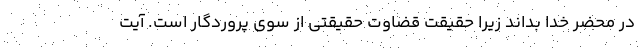
در محضر خدا بداند زیرا حقیقت قضاوت حقیقتی از سوی پروردگار است. آیت